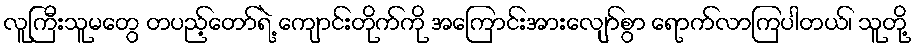
လူကြီးသူမတွေ တပည့်တော်ရဲ့ ကျောင်းတိုက်ကို အကြောင်းအားလျော်စွာ ရောက်လာကြပါတယ်၊ သူတို့